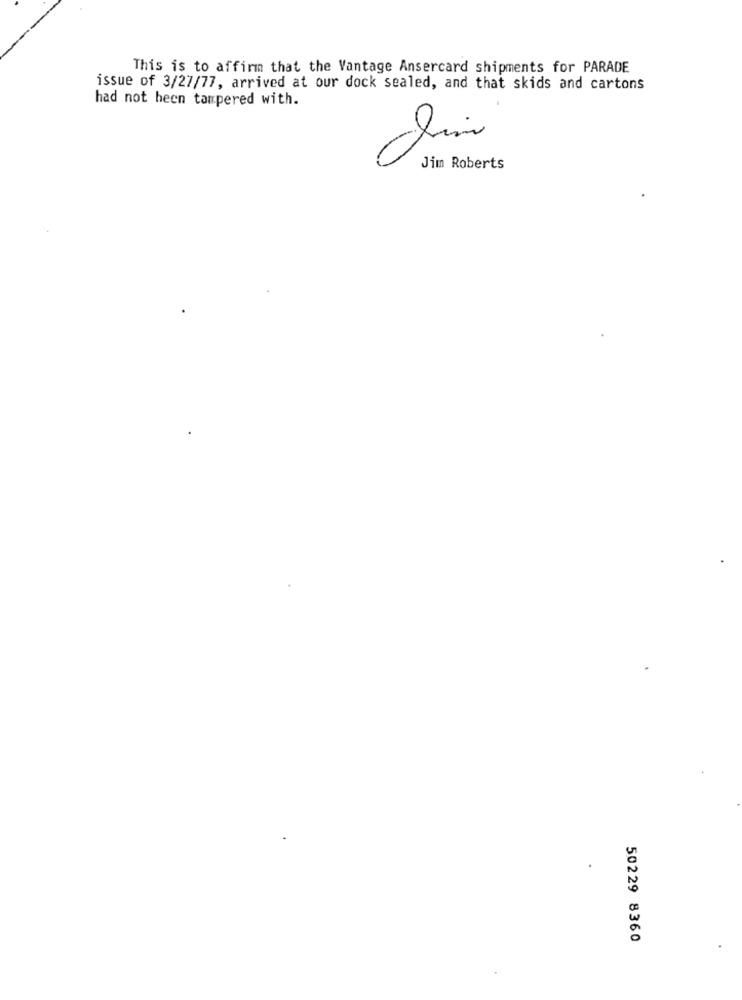
This is to affirm that the Vantage Ansercard shipments for PARADE
issue of 3/27/77, arrived at our dock sealed, and that skids and cartons
had not been tampered with.
Jim Roberts
50229 8360